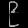
Digit: ၉